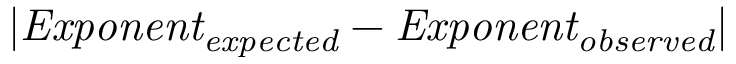
\lvert \mathit { E x p o n e n t _ { e x p e c t e d } } - \mathit { E x p o n e n t _ { o b s e r v e d } } \rvert